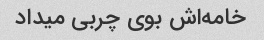
خامه‌اش بوی چربی میداد